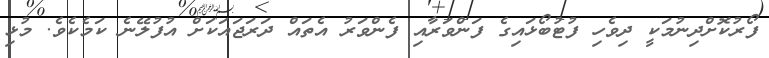
ފޯރުކޮށްދިނުމަކީ ދިވެހި ފުޓުބޯޅައިގެ ފަންވަރާއި ފެންވަރު އެތައް ދަރަޖައަކަށް އުފުލޭނެ ކަމެކެވެ. މުޅި